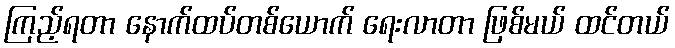
ကြည့်ရတာ နောက်ထပ်တစ်ယောက် ရေးလာတာ ဖြစ်မယ် ထင်တယ်